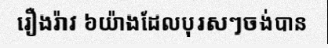
រឿងរ៉ាវ ៦យ៉ាងដែលបុរសៗចង់បាន